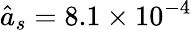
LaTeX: \hat{a}_{s}=8.1\times 10^{-4}